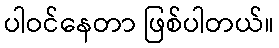
ပါဝင်နေတာ ဖြစ်ပါတယ်။